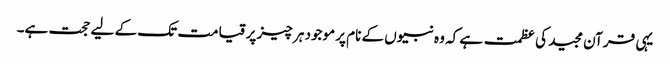
یہی قرآن مجید کی عظمت ہے کہ وہ نبیوں کے نام پر موجود ہر چیز پر قیامت تک کے لیے حجت ہے۔